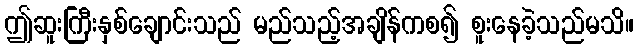
ဤဆူးကြီးနှစ်ချောင်းသည် မည်သည့်အချိန်ကစ၍ စူးနေခဲ့သည်မသိ။